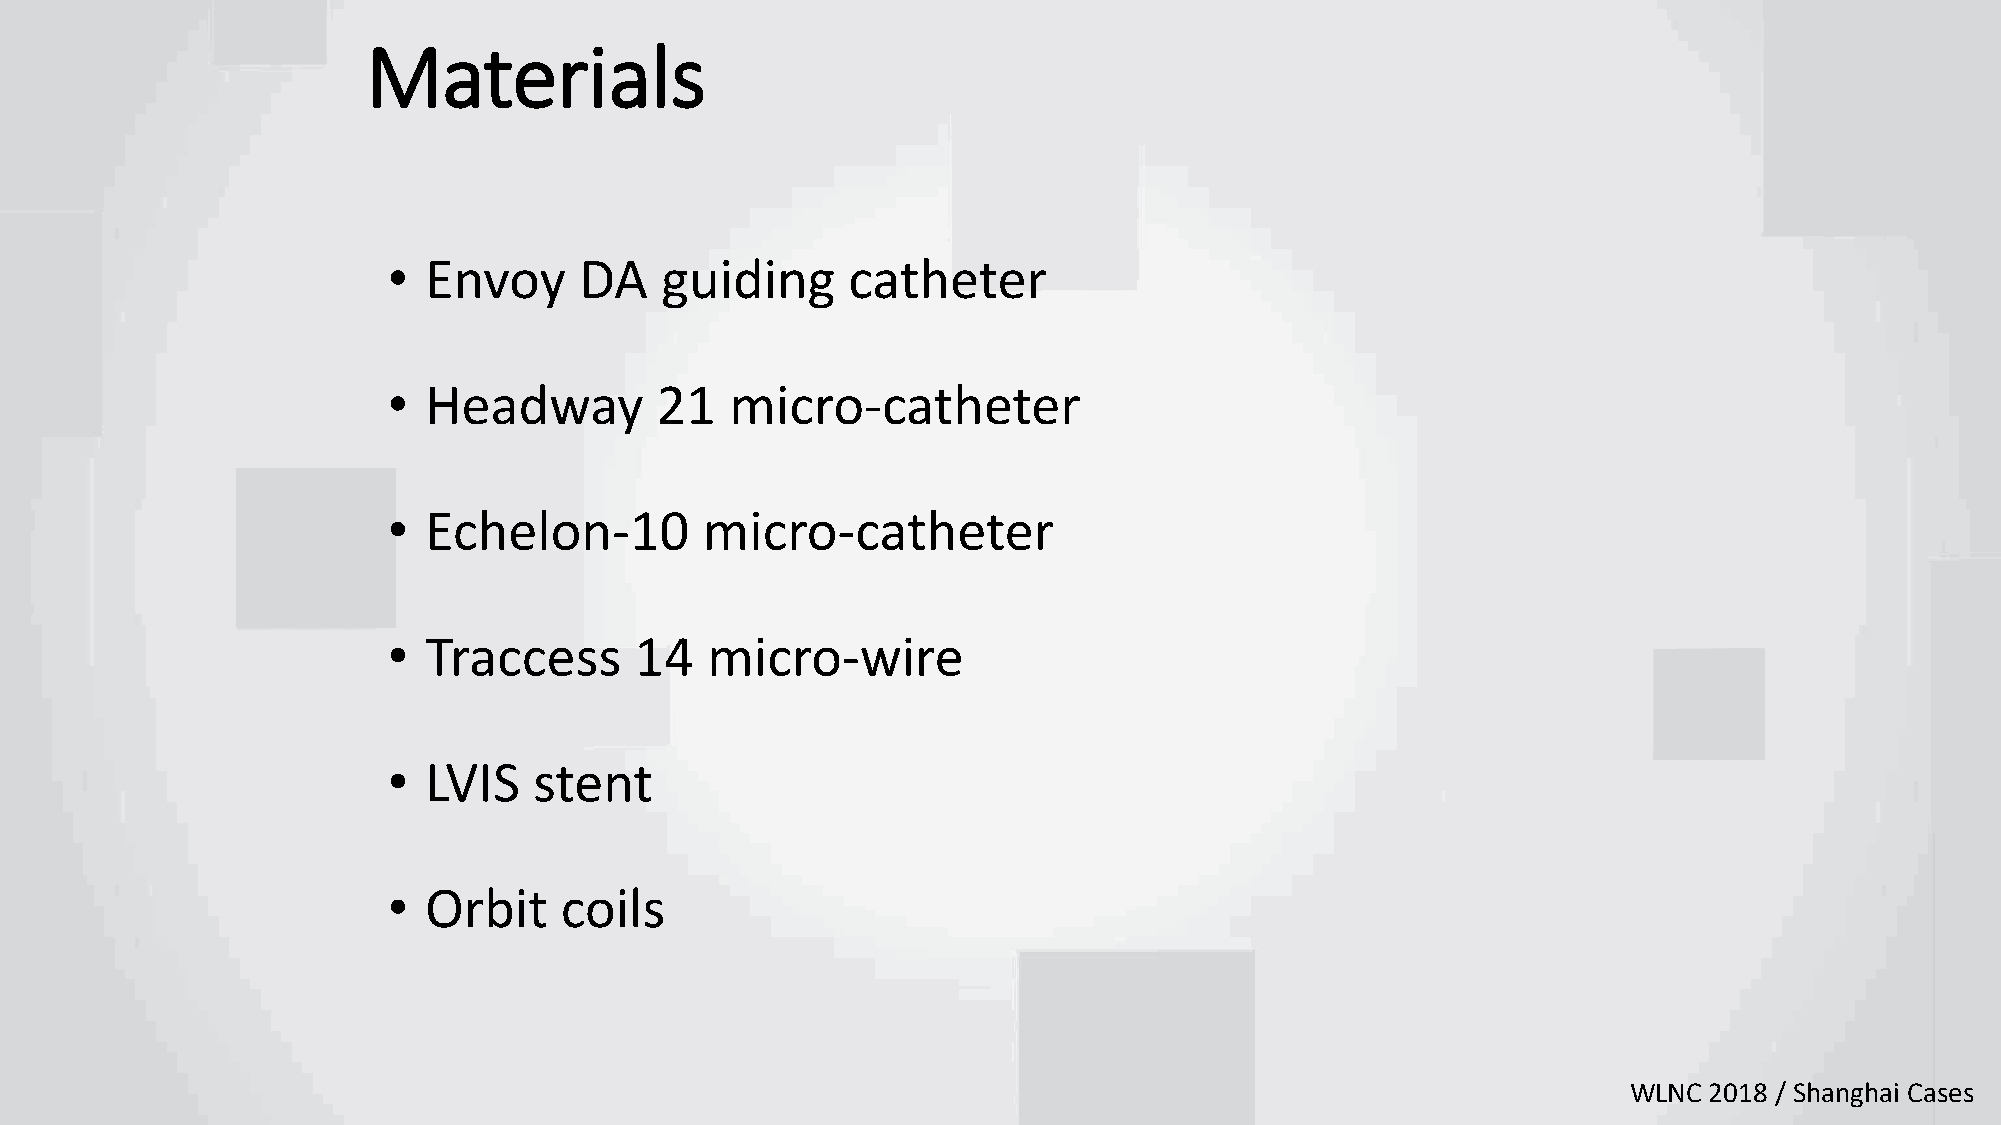
Materials
 • Envoy     DA    guiding     catheter
 • Headway        21   micro-catheter
 • Echelon-10        micro-catheter
 • Traccess      14   micro-wire
 • LVIS   stent
 • Orbit    coils
 WLNC 2018 / Shanghai Cases